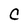
Character: C